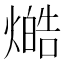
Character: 𤏔